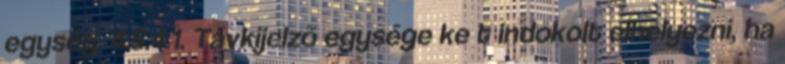
egység. 4.5.4.1. Távkijelzõ egysége ke t indokolt elhelyezni, ha